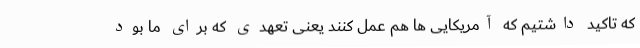
که تاکید داشتیم که آمریکایی ها هم عمل کنند یعنی تعهدی که برای ما بود